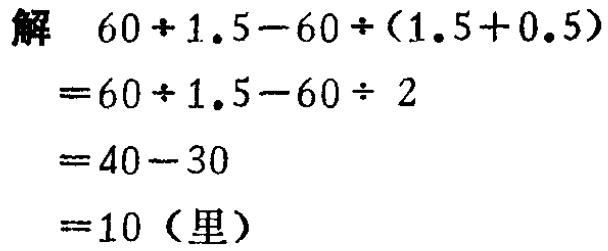
解
\[
\begin{align*}
&60\div1.5 - 60\div(1.5 + 0.5)\\
=&60\div1.5 - 60\div2\\
=&40 - 30\\
=&10 (\text{里})
\end{align*}
\]